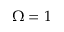
\Omega = 1